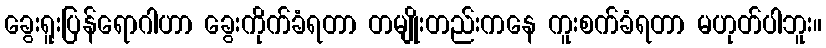
ခွေးရူးပြန်ရောဂါဟာ ခွေးကိုက်ခံရတာ တမျိုးတည်းကနေ ကူးစက်ခံရတာ မဟုတ်ပါဘူး။